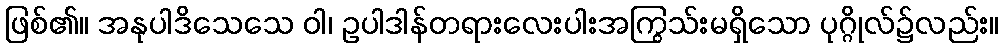
ဖြစ်၏။ အနုပါဒိသေသေ ဝါ၊ ဥပါဒါန်တရားလေးပါးအကြွသ်းမရှိသော ပုဂ္ဂိုလ်၌လည်း။